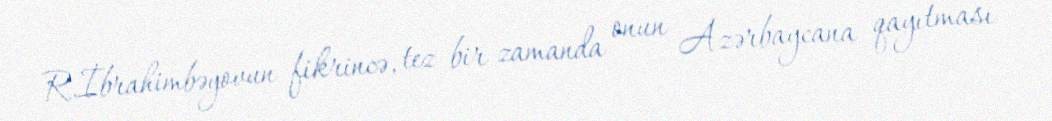
R.İbrahimbəyovun fikrincə, tez bir zamanda onun Azərbaycana qayıtması